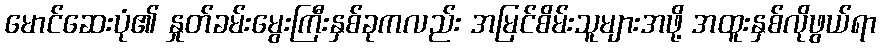
မောင်ဆေးပုံ၏ နှုတ်ခမ်းမွေးကြီးနှစ်ခုကလည်း အမြင်စိမ်းသူများအဖို့ အထူးနှစ်လိုဖွယ်ရာ